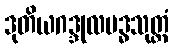
ဒုတိယဂဒ္ဒုလဗဒ္ဓသုတ္တံ